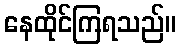
နေထိုင်ကြရသည်။